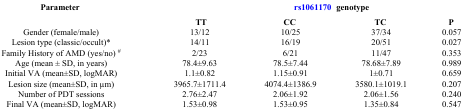
| <ROWSPAN=2> Parameter | <COLSPAN=4> rs1061170  genotype |
 | TT | CC | TC | P |
 | --- | --- | --- | --- | --- |
 | Gender (female/male) | 13/12 | 10/25 | 37/34 | 0.057 |
 | Lesion type (classic/occult)* | 14/11 | 16/19 | 20/51 | 0.027 |
 | Family History of AMD (yes/no) # | 2/23 | 6/21 | 11/47 | 0.353 |
 | Age (mean ± SD, in years) | 78.4±9.63 | 78.5±7.44 | 78.68±7.89 | 0.989 |
 | Initial VA (mean±SD, logMAR) | 1.1±0.82 | 1.15±0.91 | 1±0.71 | 0.659 |
 | Lesion size (mean±SD, in μm) | 3965.7±1711.4 | 4074.4±1386.9 | 3580.1±1019.1 | 0.207 |
 | Number of PDT sessions | 2.76±2.47 | 2.06±1.92 | 2.06±1.56 | 0.240 |
 | Final VA (mean±SD, logMAR) | 1.53±0.98 | 1.53±0.95 | 1.35±0.84 | 0.547 |